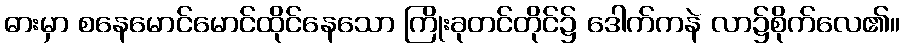
ဓားမှာ စနေမောင်မောင်ထိုင်နေသော ကြိုးခုတင်တိုင်၌ ဒေါက်ကနဲ လာ၌စိုက်လေ၏။